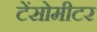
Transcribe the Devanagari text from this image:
टेंसोमीटर